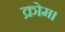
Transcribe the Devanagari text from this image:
क्रोम।